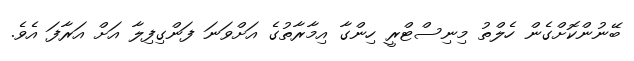
ބޭނުންކޮށްގެން ހެލްތު މިނިސްޓްރީ ހިންގާ އިމާރާތުގެ އަށްވަނަ ފަންގިފިލާ އަށް އަރާފަ އެވެ.